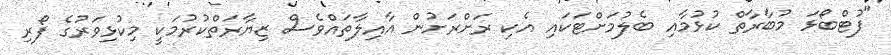
"ފުޓްބޯޅަ މުބާރާތް ކުޅުމާއި ބެލުމަށްޓަކައި އެކި ރަށްރަށުން އާއިލާތައްވެސް ޒިޔާރަތްކުރުމަކީ މިކުޅިވަރުގެ ފޯރި